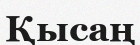
Қысаң